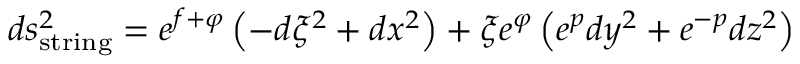
d s _ { \mathrm { s t r i n g } } ^ { 2 } = e ^ { f + \varphi } \left( - d \xi ^ { 2 } + d x ^ { 2 } \right) + \xi e ^ { \varphi } \left( e ^ { p } d y ^ { 2 } + e ^ { - p } d z ^ { 2 } \right)